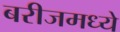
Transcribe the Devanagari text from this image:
बरीजमध्ये